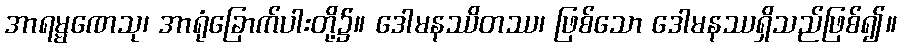
အာရမ္မဏေသု၊ အာရုံခြောက်ပါးတို့၌။ ဒေါမနဿိတဿ၊ ဖြစ်သော ဒေါမနဿရှိသည်ဖြစ်၍။